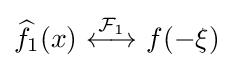
{\widehat {f}}_{1}(x)\ {\stackrel {{\mathcal {F}}_{1}}{\longleftrightarrow }}\ f(-\xi )